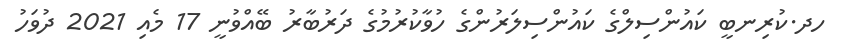
ހދ.ކުރިނބީ ކައުންސިލްގެ ކައުންސިލަރުންގެ ހުވާކުރުމުގެ ދަރުބާރު ބޭއްވުނީ 17 މެއި 2021 ދުވަހު